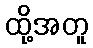
ထို့အတူ